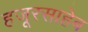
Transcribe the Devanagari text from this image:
हजूरसाहेब